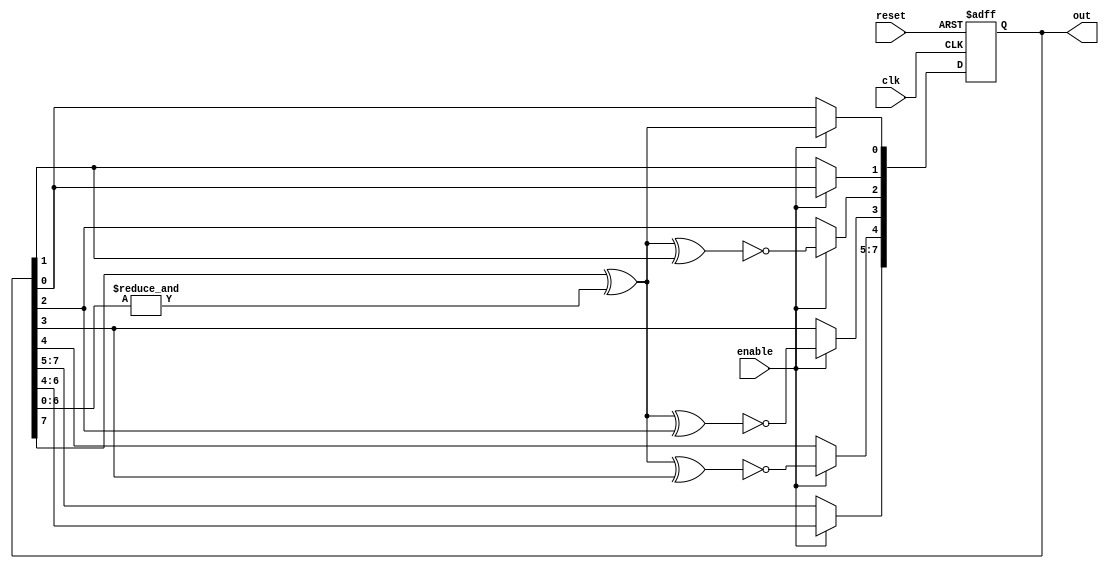
module lfsr8_debruijn_xnor(/*AUTOARG*/
   // Outputs
   out,
   // Inputs
   clk, reset, enable
   );
   input clk;
   input reset;
   output [7:0] out ;
   input 	enable ;

   reg [7:0] 	out ;
   reg 		fb;

   always @*
     fb = out[7] ^ (&out[6:0]);
	 
   always @(posedge clk or posedge reset)
     if ( reset )
       out <= 0;
     else
       if ( enable )
	 begin
	    out[7:5] <= out[6:4];
	    out[4] <= ~(fb ^ out[3]);
	    out[3] <= ~(fb ^ out[2]);
	    out[2] <= ~(fb ^ out[1]);
	    out[1] <= out[0];
	    out[0] <= fb;
	 end

endmodule // lfsr8

`ifdef TEST
module test;

   /*AUTOWIRE*/
   // Beginning of automatic wires (for undeclared instantiated-module outputs)
   wire [7:0]		out;			// From dut of lfsr8.v
   // End of automatics
   /*AUTOREGINPUT*/
   // Beginning of automatic reg inputs (for undeclared instantiated-module inputs)
   reg			clk;			// To dut of lfsr8.v
   reg			enable;			// To dut of lfsr8.v
   reg			reset;			// To dut of lfsr8.v
   // End of automatics

   initial
     begin
	$dumpvars;
	clk = 0;
	reset = 1 ;
	enable = 1;
	repeat(10) @(posedge clk);
	reset =0;
	repeat(2000) @(posedge clk);
	$finish;
     end

   always #5 clk = ~clk;

   wire all_1 = (out == 255);
   wire all_0 = (out == 0);
   wire all_1_butmsb = (out == 127);
   wire all_1_butlsb = (out == 254);         
   
   lfsr8_debruijn_xnor dut(/*AUTOINST*/
	     // Outputs
	     .out			(out[7:0]),
	     // Inputs
	     .clk			(clk),
	     .reset			(reset),
	     .enable			(enable));

endmodule // test
`endif //  `ifdef TEST